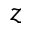
z